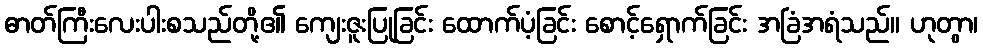
ဓာတ်ကြီးလေးပါးစသည်တို့၏ ကျေးဇူးပြုခြင်း ထောက်ပံ့ခြင်း စောင့်ရှောက်ခြင်း အခြံအရံသည်။ ဟုတွာ၊